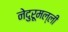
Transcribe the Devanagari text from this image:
नेदुरूमल्ली